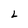
Character: L